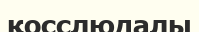
қосслюдалы